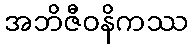
အဘိဇီဝနိကဿ